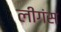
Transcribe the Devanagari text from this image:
लीगंस